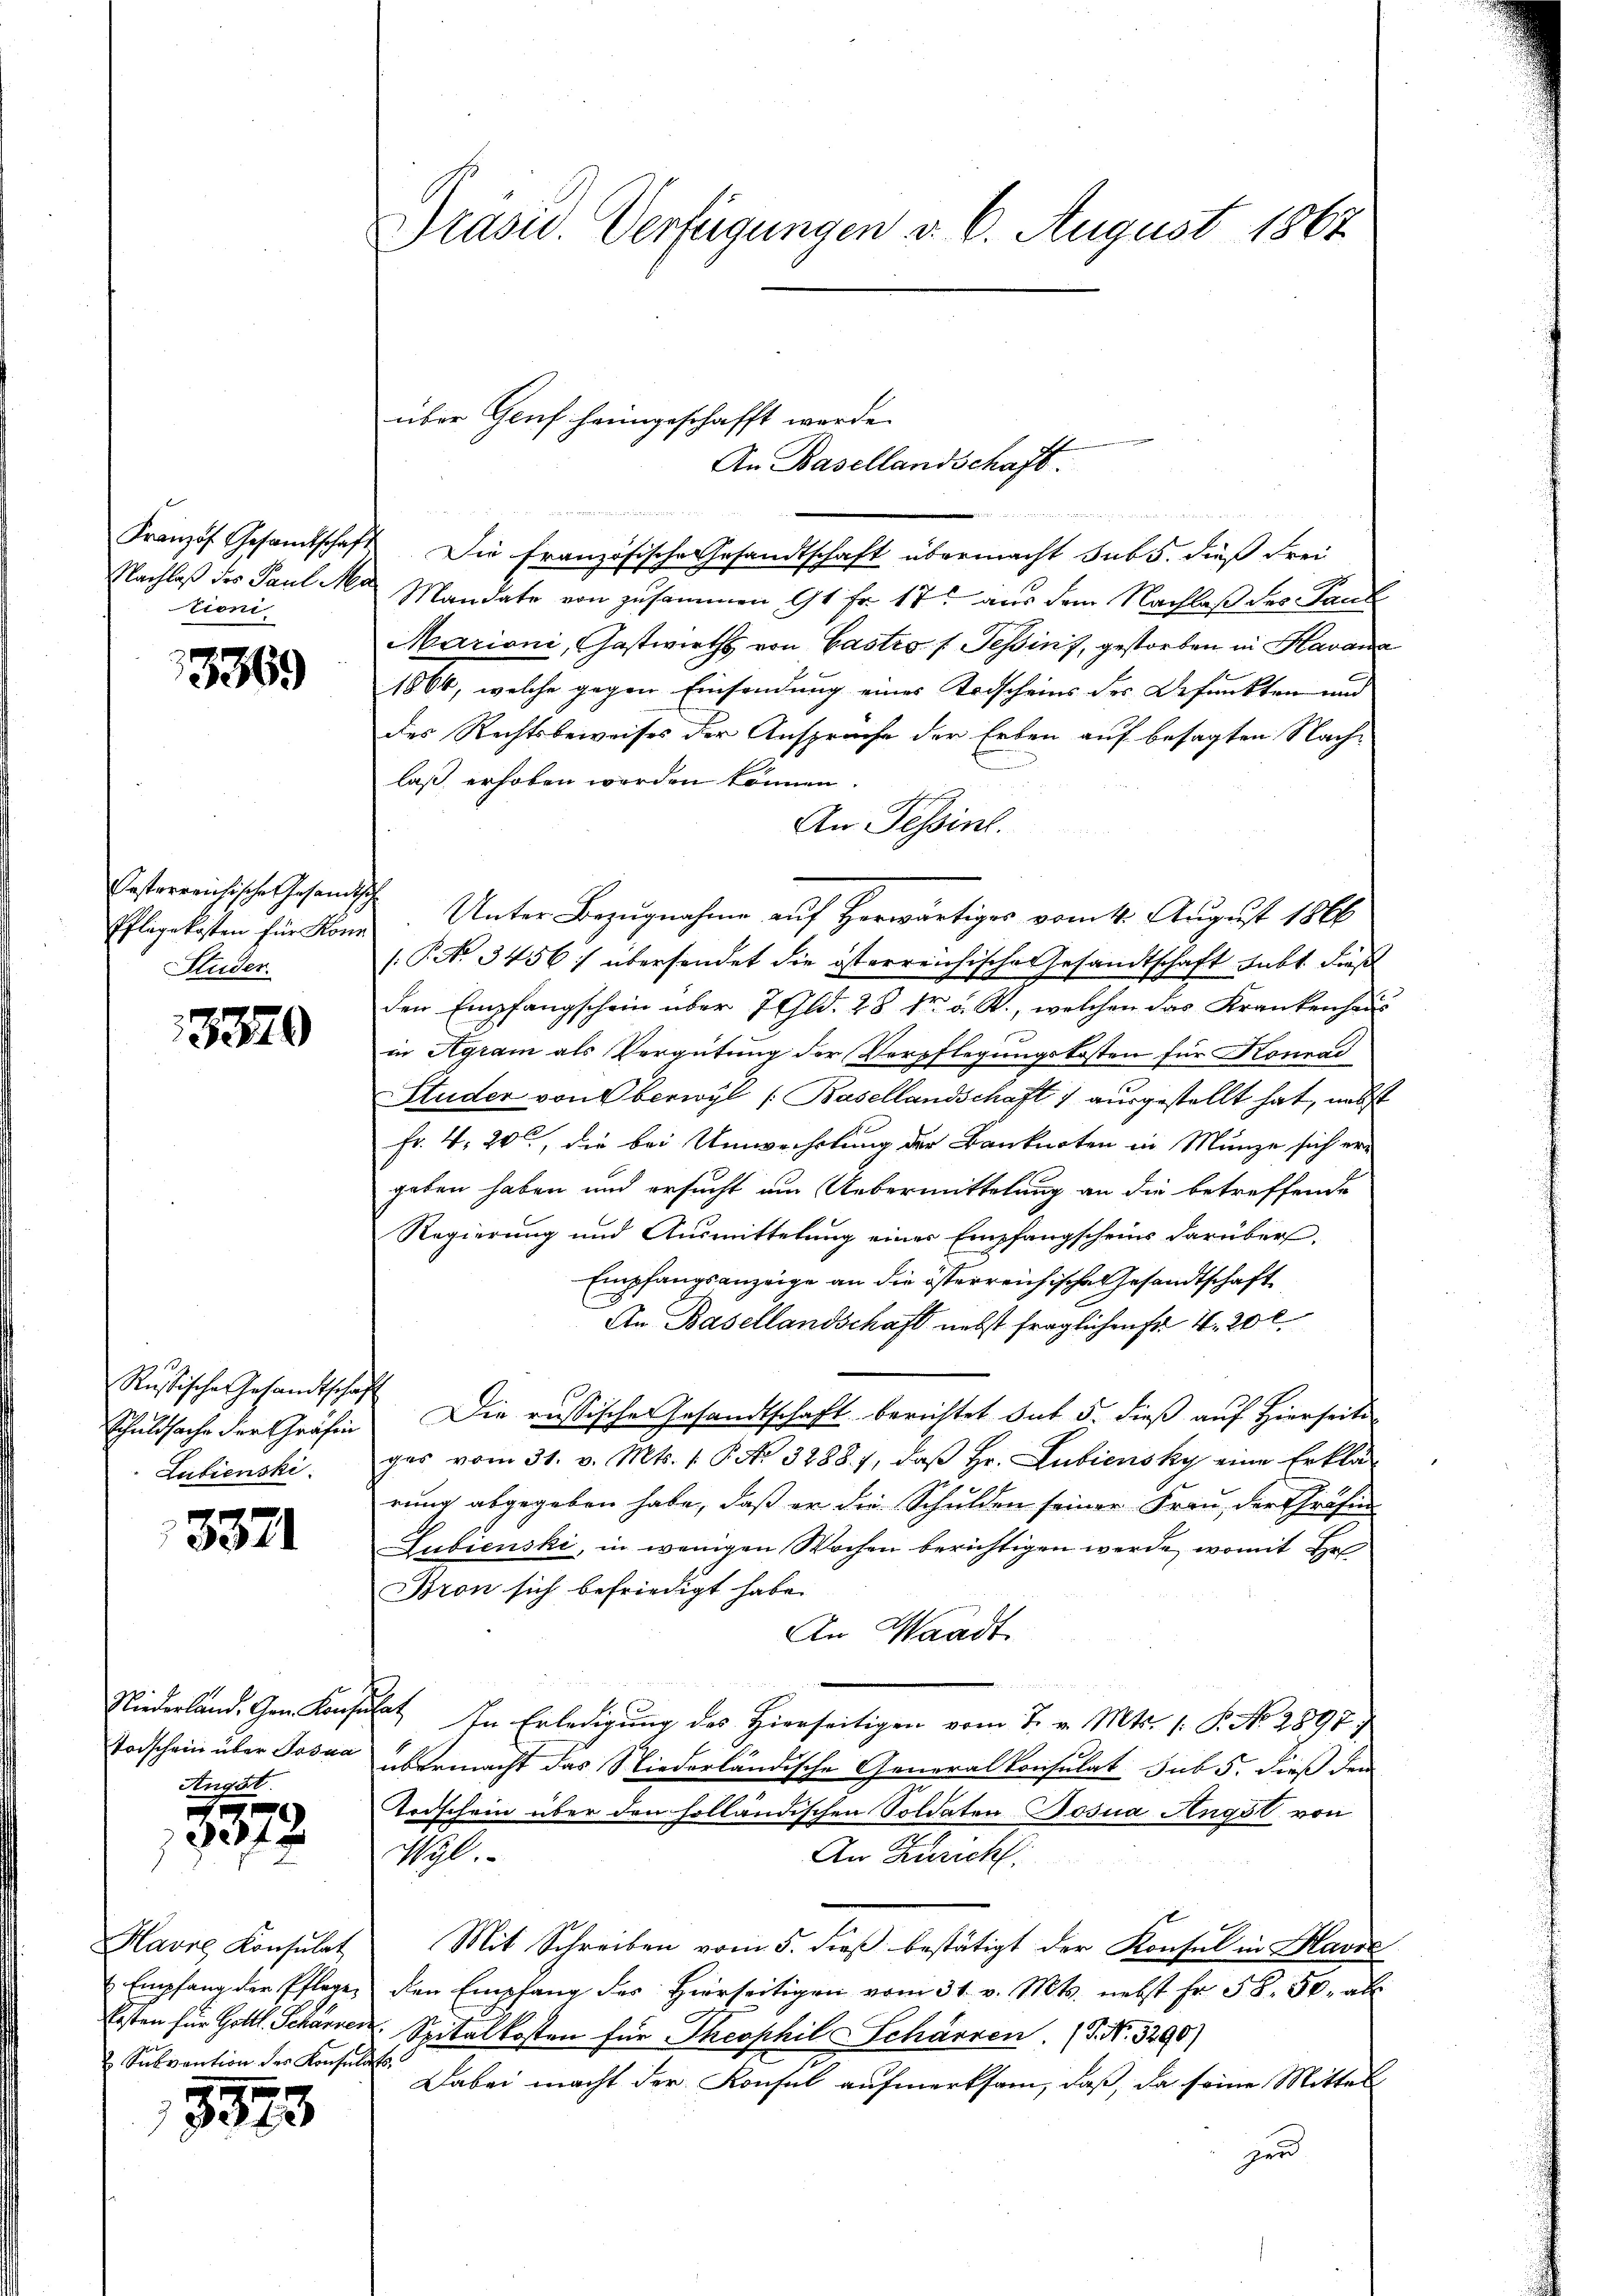
Französ. Gesandtschaf
Nachlaß des Paul Mi
tioni

3369

Oesterreichische Gesandts
Pflegekosten für Konn
Studer.

3370

Russische Gesandtschaf
Schuldsache der Gräfin
Lubienski

332

Niederland. Gem. Konsen
Toischein über Josua
Angst.

3379.

Havre Konsulat
 Empfang der Pflege¬
Ersten für Gottl. Schanzen
Subvention der Konsula

3573

Präsid. Verfügungen d. 6. August 1867

über Genf heimgeschafft werde.

Die französische Gesandtschaft übermacht sub 5. dieß Frei
Mandate von zusammen 1 Fr. 17 aus dem Nachlaß der Land
Mariani, Gastwirths von Gastro f Tessins, gestorben in Havana
1864, welche gegen Einsendung eines Todscheins der Befunkten und
des Rechtsbeweises der Ansprüche der Erben auf besagten Nach-
laß erhoben werden können.
An Tessinl.
Unter Bezugnahme auf Herwärtiges vom 4. August 1866
[.P. No 3456) übersendet die österreichische Gesandtschaft habt dieß
den Empfangschein über 7 Gld. 28 kr a. R., welchen das Krankenhaus
in Agram als Vergütung der Verpflegungskosten für Konrad
Studer von Oberwyl (Basellandschaft 1 ausgestellt hat, nebst
Fr. 4. 20, die bei Umwechslung der Banknoten in Münze sich ergeben haben und ersucht ein Uebermittelung an die betreffende
Regierung und Ausmittelung einer Empfangscheins darüber
Empfangsanzeige an die österreichische Gesandtschaft
An Basellandschaft nebst fraglichen Fr. 4. 20 l.
Die russischer Gesandtschaft berichtet sub 5. dieß auf Hierseite
ges vom 31. v. Mts. 1. P. Nr. 3288. 1, daß Hr. Lubiensky eine Erklärung abgegeben habe, daß er die Schulden seiner Frau, der Präfin
Subienski, in wenigen Wochen berichtigen werde, womit Hr
Bron sich befriedigt habe.
An Waadt
dat. In Erledigung des Hierseitigen vom 7. v. Mts. (: P. No. 2897
übermacht das Niederländische Generalkonsulat sub 5. dieß der
Todschein über den holländischen Soldaten Josua Angst von
An Züricht.
Wyl.
Mit Schreiben vom 5. dieß bestätigt der Konsul in Havre
den Empfang des Hierseitigen vom 31. v. Mts. nebst Fr. 58. 50. all
Spitalkosten für Theophil Schärren. (S. Nr. 3290)
Dabei macht der Konsul aufmerksam, daß, da seine Mittel
zen

An Basellandschaft.